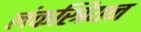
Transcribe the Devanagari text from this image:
लंकस्त्रियन